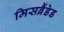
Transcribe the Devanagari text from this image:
मिसब्रैंडेड